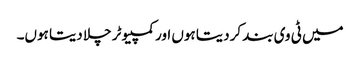
میں ٹی وی بند کردیتا ہوں اور کمپیوٹر چلا دیتا ہوں۔